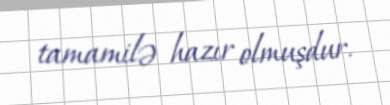
tamamilə hazır olmuşdur.